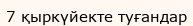
7 қыркүйекте туғандар